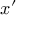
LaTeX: { \boldsymbol { x } } ^ { \prime }